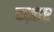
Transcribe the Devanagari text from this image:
कज़ाए